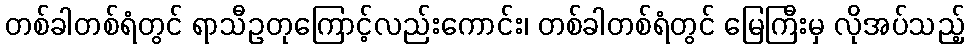
တစ်ခါတစ်ရံတွင် ရာသီဥတုကြောင့်လည်းကောင်း၊ တစ်ခါတစ်ရံတွင် မြေကြီးမှ လိုအပ်သည့်